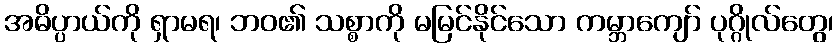
အဓိပ္ပာယ်ကို ရှာမရ၊ ဘဝ၏ သစ္စာကို မမြင်နိုင်သော ကမ္ဘာကျော် ပုဂ္ဂိုလ်တွေ၊